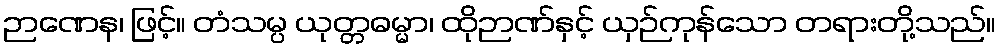
ဉာဏေန၊ ဖြင့်။ တံသမ္ပ ယုတ္တဓမ္မာ၊ ထိုဉာဏ်နှင့် ယှဉ်ကုန်သော တရားတို့သည်။